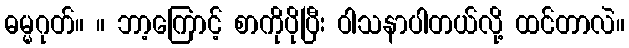
ဓမ္မဂုတ်။ ။ ဘာ့ကြောင့် စာကိုပိုပြီး ဝါသနာပါတယ်လို့ ထင်တာလဲ။